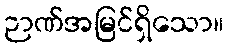
ဉာဏ်အမြင်ရှိသော။